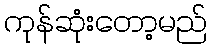
ကုန်ဆုံးတော့မည်